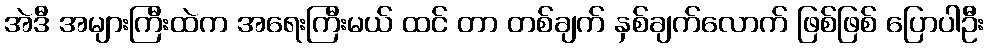
အဲဒီ အများကြီးထဲက အရေးကြီးမယ် ထင် တာ တစ်ချက် နှစ်ချက်လောက် ဖြစ်ဖြစ် ပြောပါဦး